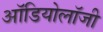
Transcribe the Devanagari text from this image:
ऑडियोलॉजी